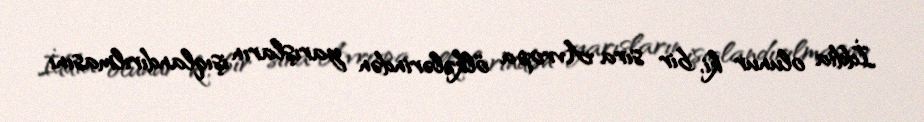
İddia olunur ki, bir sıra Avropa ölkələrindən yarışların işıqlandırılmasını